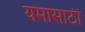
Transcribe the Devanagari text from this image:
यमासाठी